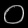
Digit: ၀